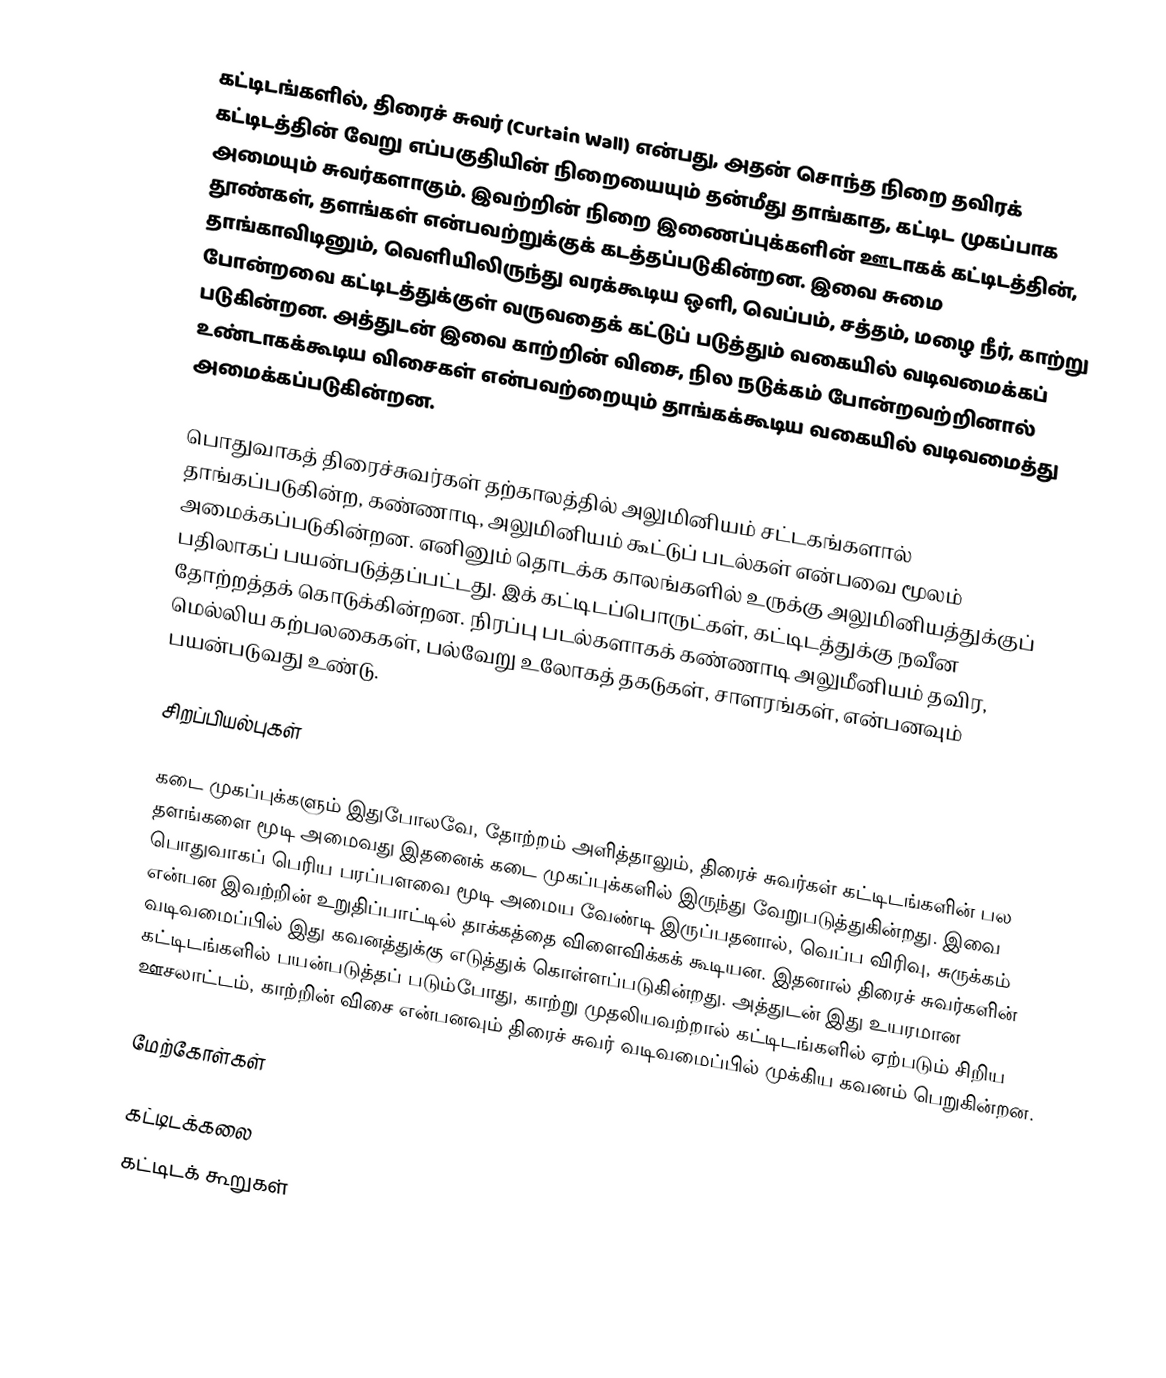
கட்டிடங்களில், திரைச் சுவர் (Curtain Wall) என்பது, அதன் சொந்த நிறை தவிரக் கட்டிடத்தின் வேறு எப்பகுதியின் நிறையையும் தன்மீது தாங்காத, கட்டிட முகப்பாக அமையும் சுவர்களாகும். இவற்றின் நிறை இணைப்புக்களின் ஊடாகக் கட்டிடத்தின், தூண்கள், தளங்கள் என்பவற்றுக்குக் கடத்தப்படுகின்றன. இவை சுமை தாங்காவிடினும், வெளியிலிருந்து வரக்கூடிய ஒளி, வெப்பம், சத்தம், மழை நீர், காற்று போன்றவை கட்டிடத்துக்குள் வருவதைக் கட்டுப் படுத்தும் வகையில் வடிவமைக்கப் படுகின்றன. அத்துடன் இவை காற்றின் விசை, நில நடுக்கம் போன்றவற்றினால் உண்டாகக்கூடிய விசைகள் என்பவற்றையும் தாங்கக்கூடிய வகையில் வடிவமைத்து அமைக்கப்படுகின்றன.

பொதுவாகத் திரைச்சுவர்கள் தற்காலத்தில் அலுமினியம் சட்டகங்களால் தாங்கப்படுகின்ற, கண்ணாடி, அலுமினியம் கூட்டுப் படல்கள் என்பவை மூலம் அமைக்கப்படுகின்றன. எனினும் தொடக்க காலங்களில் உருக்கு அலுமினியத்துக்குப் பதிலாகப் பயன்படுத்தப்பட்டது. இக் கட்டிடப்பொருட்கள், கட்டிடத்துக்கு நவீன தோற்றத்தக் கொடுக்கின்றன. நிரப்பு படல்களாகக் கண்ணாடி அலுமீனியம் தவிர, மெல்லிய கற்பலகைகள், பல்வேறு உலோகத் தகடுகள், சாளரங்கள், என்பனவும் பயன்படுவது உண்டு.

சிறப்பியல்புகள்

கடை முகப்புக்களும் இதுபோலவே, தோற்றம் அளித்தாலும், திரைச் சுவர்கள் கட்டிடங்களின் பல தளங்களை மூடி அமைவது இதனைக் கடை முகப்புக்களில் இருந்து வேறுபடுத்துகின்றது. இவை பொதுவாகப் பெரிய பரப்பளவை மூடி அமைய வேண்டி இருப்பதனால், வெப்ப விரிவு, சுருக்கம் என்பன இவற்றின் உறுதிப்பாட்டில் தாக்கத்தை விளைவிக்கக் கூடியன. இதனால் திரைச் சுவர்களின் வடிவமைப்பில் இது கவனத்துக்கு எடுத்துக் கொள்ளப்படுகின்றது. அத்துடன் இது உயரமான கட்டிடங்களில் பயன்படுத்தப் படும்போது, காற்று முதலியவற்றால் கட்டிடங்களில் ஏற்படும் சிறிய ஊசலாட்டம், காற்றின் விசை என்பனவும் திரைச் சுவர் வடிவமைப்பில் முக்கிய கவனம் பெறுகின்றன.

மேற்கோள்கள்

கட்டிடக்கலை
கட்டிடக் கூறுகள்